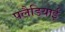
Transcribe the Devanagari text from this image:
पलैडियाई